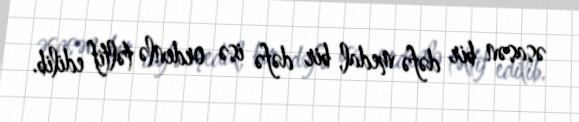
əsasən bir dəfə medal, bir dəfə isə ordenlə təltif edilib.